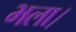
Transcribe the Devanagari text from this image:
भला।